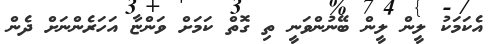
އެކަމަކު ލީން ލީން ބޭނުންވަނީ ތި ގޮތް ކަމަށް ވަންޏާ އަހަރެންނަށް ދެން